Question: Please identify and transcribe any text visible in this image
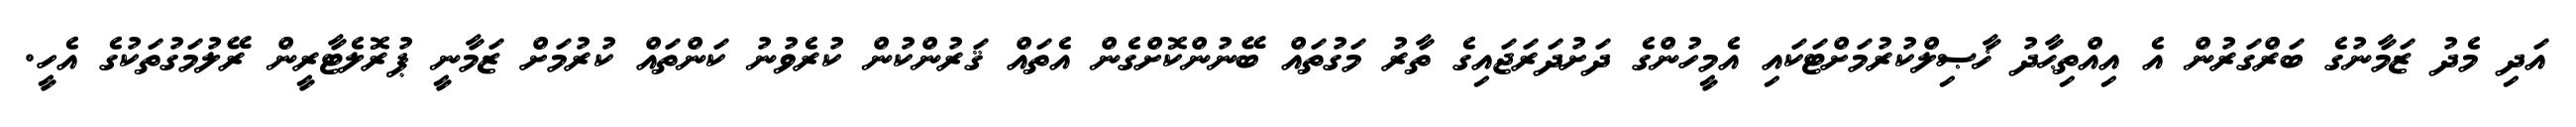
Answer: އަދި މެދު ޒަމާނުގެ ބަރްގަރުން އެ އިއްތިޙާދު ޚާޞިލްކުރުމަށްޓަކައި އެމީހުންގެ ދަށުދަރަޖައިގެ ތާރު މަގުތައް ބޭނުންކޮށްގެން އެތައް ޤަރުންކުން ކުރެވުނު ކަންތައް ކުރުމަށް ޒަމާނީ ޕުރޮލެޓާރީން ރޭލުމަގުތަކުގެ އެހީ.